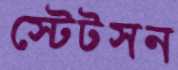
স্টেটসন